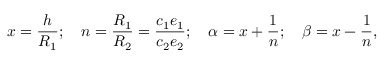
x = \displaystyle \frac { h } { R _ { 1 } } ; \quad n = \frac { R _ { 1 } } { R _ { 2 } } = \frac { c _ { 1 } e _ { 1 } } { c _ { 2 } e _ { 2 } } ; \quad \alpha = x + \frac { 1 } { n } ; \quad \beta = x - \frac { 1 } { n } ,